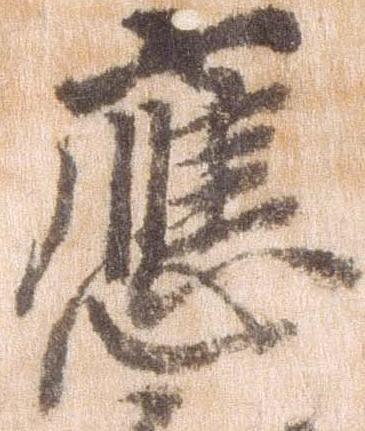
応